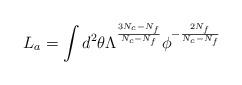
LaTeX: \begin{align*}L_a = \int d^2\theta \Lambda^{\frac{3 N_c-N_f}{N_c-N_f}}\phi^{- \frac{2 N_f}{N_c-N_f}}\end{align*}